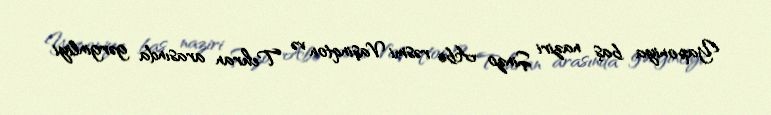
Yaponiya baş naziri Şinzo Abe rəsmi Vaşinqton və Tehran arasında gərginliyi